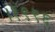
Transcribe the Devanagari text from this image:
।१९९६